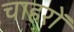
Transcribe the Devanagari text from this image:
चाहरों